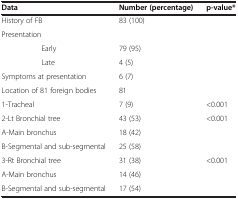
<table><thead><tr><td><b>Data</b></td><td><b>Number (percentage)</b></td><td><b>p-value*</b></td></tr></thead><tbody><tr><td>History of FB</td><td>83 (100)</td><td> </td></tr><tr><td colspan="3">Presentation</td></tr><tr><td>Early</td><td>79 (95)</td><td> </td></tr><tr><td>Late</td><td>4 (5)</td><td> </td></tr><tr><td>Symptoms at presentation</td><td>6 (7)</td><td> </td></tr><tr><td>Location of 81 foreign bodies</td><td>81</td><td> </td></tr><tr><td>1-Tracheal</td><td>7 (9)</td><td>&lt;0.001</td></tr><tr><td>2-Lt Bronchial tree</td><td>43 (53)</td><td>&lt;0.001</td></tr><tr><td>A-Main bronchus</td><td>18 (42)</td><td> </td></tr><tr><td>B-Segmental and sub-segmental</td><td>25 (58)</td><td> </td></tr><tr><td>3-Rt Bronchial tree</td><td>31 (38)</td><td>&lt;0.001</td></tr><tr><td>A-Main bronchus</td><td>14 (46)</td><td> </td></tr><tr><td>B-Segmental and sub-segmental</td><td>17 (54)</td><td> </td></tr></tbody></table>